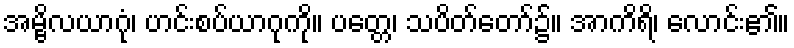
အမ္ဗိလယာဂုံ၊ ဟင်းစပ်ယာဂုကို။ ပတ္တေ၊ သပိတ်တော်၌။ အာကိရိ၊ လောင်း၏။